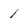
Character: 1